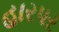
હારપર